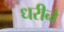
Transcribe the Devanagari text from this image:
धरीने